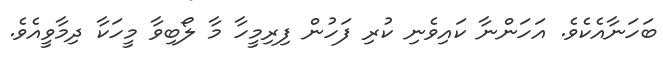
ބަހަނާއެކެވެ. އަހަންނާ ކައިވެނި ކުރި ފަހުން ފިރިމީހާ މާ ލޯބިވާ މީހަކާ ދިމާވީއެވެ.